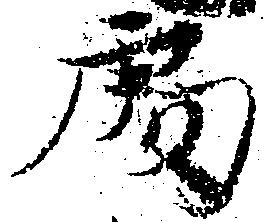
処